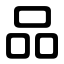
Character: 品